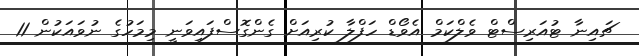
ޗައިނާ ޓުއަރިސްޓް ވެލްކަމް އެވޯޑް ހަފްލާ ކުރިއަށް ގެންގޮސްފައިވަނީ މިމަހުގެ ނުވައަކުން 11